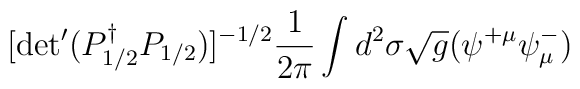
[{\rm det}^{\prime}(P_{1/2}^{\dagger}P_{1/2})]^{-1/2}\frac{1}{2\pi}\int d^2\sigma \sqrt{g}(\psi^{+\mu}\psi^-_\mu)